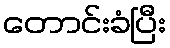
တောင်းခံပြီး